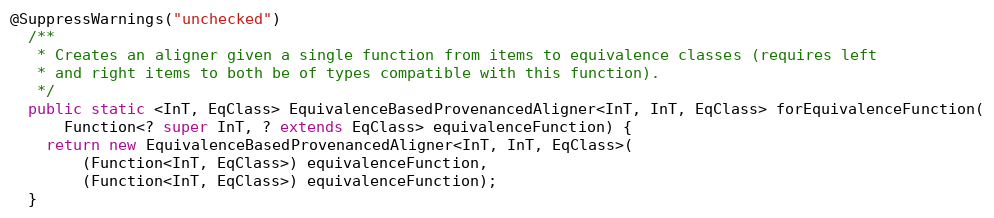
Language: Java
@SuppressWarnings("unchecked")
  /**
   * Creates an aligner given a single function from items to equivalence classes (requires left
   * and right items to both be of types compatible with this function).
   */
  public static <InT, EqClass> EquivalenceBasedProvenancedAligner<InT, InT, EqClass> forEquivalenceFunction(
      Function<? super InT, ? extends EqClass> equivalenceFunction) {
    return new EquivalenceBasedProvenancedAligner<InT, InT, EqClass>(
        (Function<InT, EqClass>) equivalenceFunction,
        (Function<InT, EqClass>) equivalenceFunction);
  }